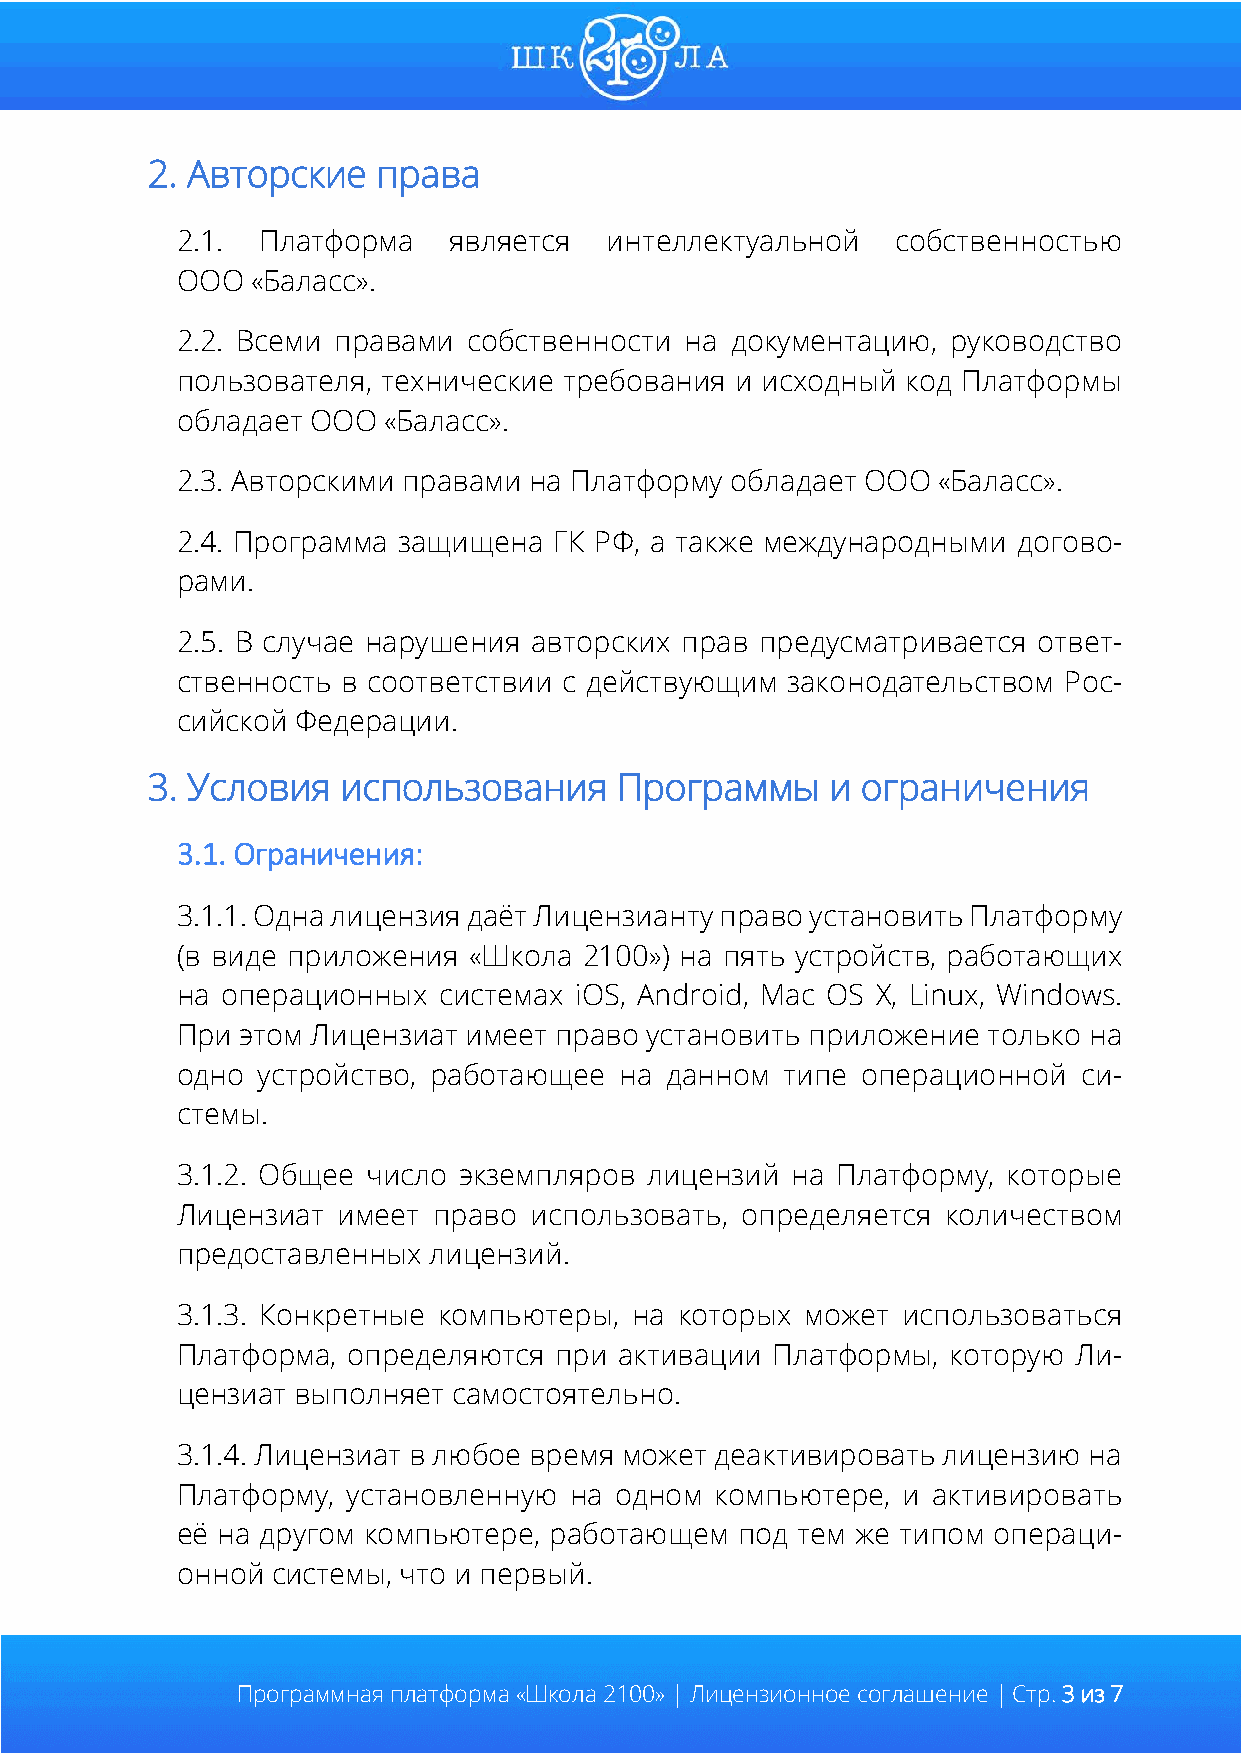
2. Авторские   права
 2.1. Платформа    является  интеллектуальной   собственностью
 ООО  «Баласс».
 2.2. Всеми правами собственности на документацию,  руководство
 пользователя, технические требования и исходный код Платформы
 обладает ООО «Баласс».
 2.3. Авторскими правами на Платформу обладает ООО «Баласс».
 2.4. Программа защищена  ГК РФ, а также международными догово-
 рами.
 2.5. В случае нарушения авторских прав предусматривается ответ-
 ственность в соответствии с действующим законодательством Рос-
 сийской Федерации.
 3. Условия   использования     Программы     и ограничения
 3.1. Ограничения:
 3.1.1. Одна лицензия даёт Лицензианту право установить Платформу
 (в виде приложения «Школа  2100») на пять устройств, работающих
 на операционных  системах iOS, Android, Mac OS X, Linux, Windows.
 При этом Лицензиат имеет право установить приложение только на
 одно устройство, работающее  на данном  типе операционной   си-
 стемы.
 3.1.2. Общее число экземпляров лицензий на Платформу,  которые
 Лицензиат имеет  право использовать, определяется  количеством
 предоставленных лицензий.
 3.1.3. Конкретные компьютеры, на которых может  использоваться
 Платформа, определяются  при активации Платформы,  которую Ли-
 цензиат выполняет самостоятельно.
 3.1.4. Лицензиат в любое время может деактивировать лицензию на
 Платформу, установленную  на одном компьютере,  и активировать
 её на другом компьютере, работающем  под тем же типом операци-
 онной системы, что и первый.
 Программная платформа «Школа 2100» | Лицензионное соглашение | Стр. 3 из 7